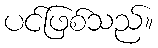
ပင်ဖြစ်သည်။